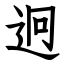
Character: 迥